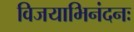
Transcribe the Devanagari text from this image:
विजयाभिनंदनः